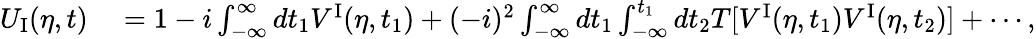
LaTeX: \begin{array}{rl}{U_{\mathrm{I}}(\eta,t)}&{{}=1-i\int_{-\infty}^{\infty}dt_{1}V^{\mathrm{I}}(\eta,t_{1})+(-i)^{2}\int_{-\infty}^{\infty}dt_{1}\int_{-\infty}^{t_{1}}dt_{2}T[V^{\mathrm{I}}(\eta,t_{1})V^{\mathrm{I}}(\eta,t_{2})]+\cdots,}\end{array}